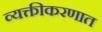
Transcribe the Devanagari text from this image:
व्यक्तीकरणात